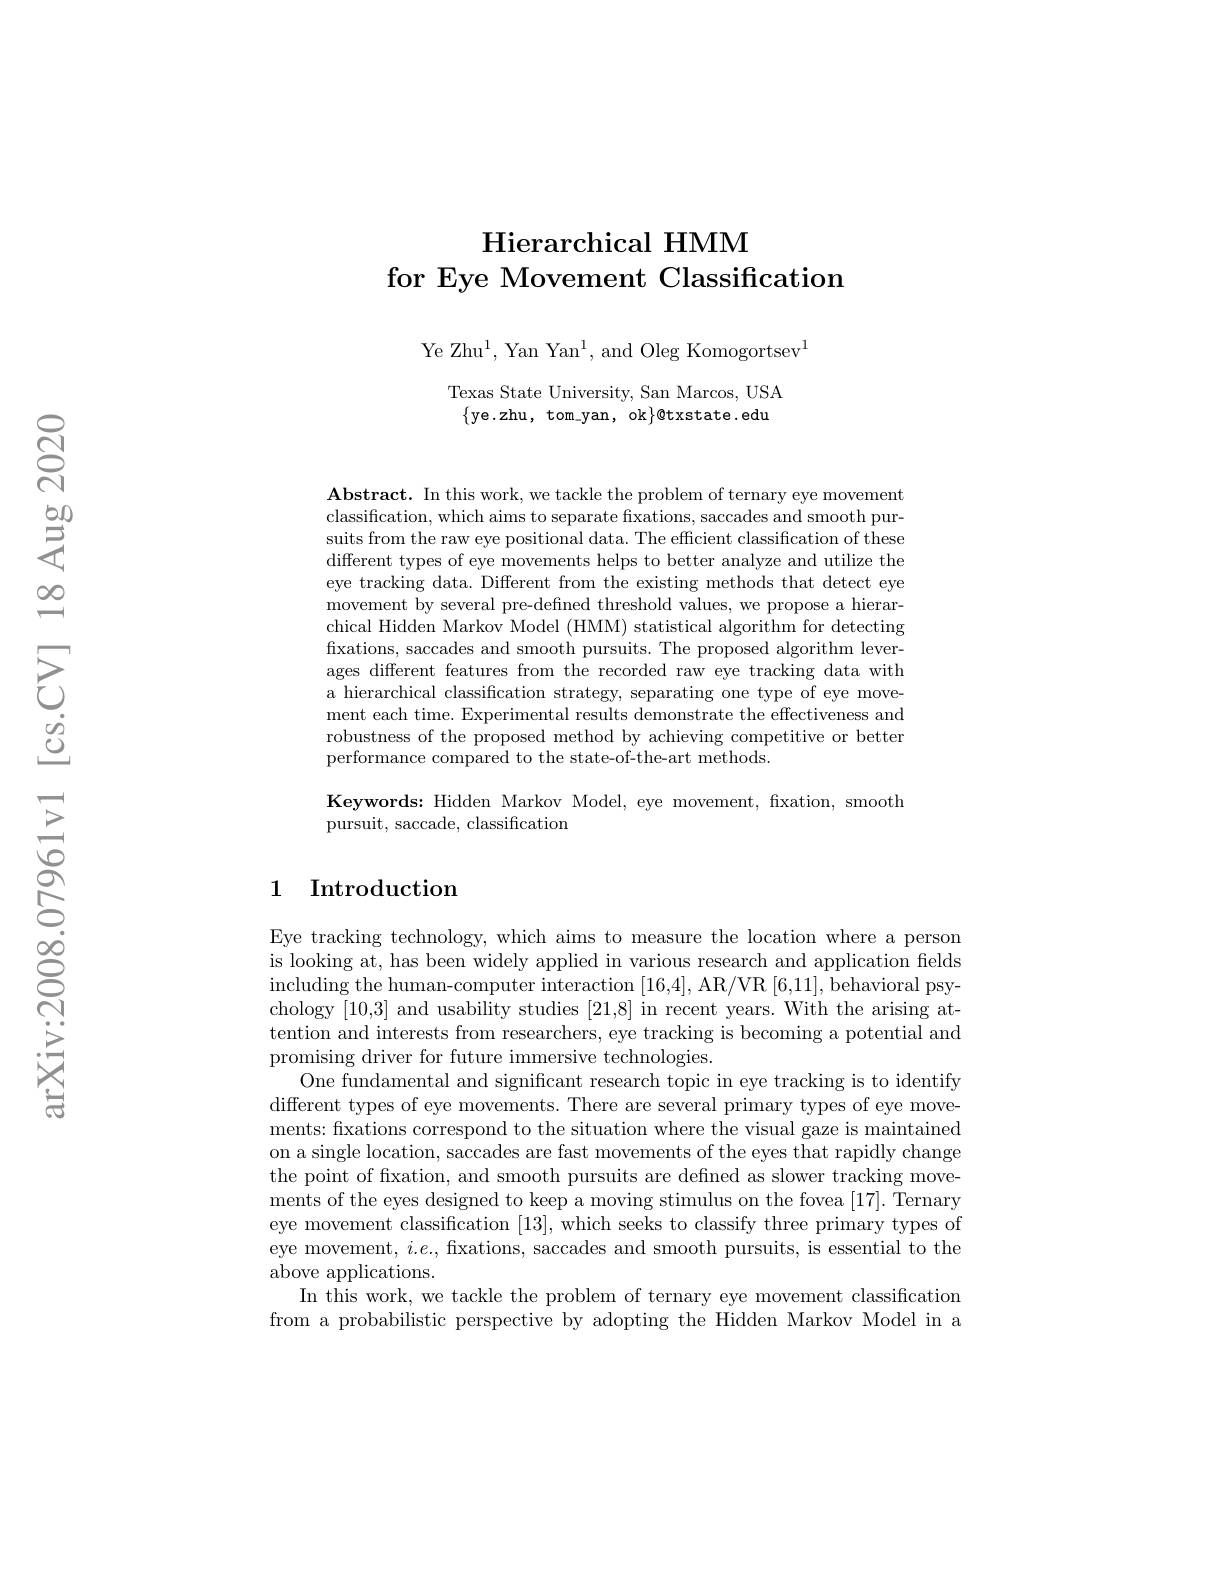
## Hierarchical HMM for Eye Movement Classification

Ye Zhu$^1$, Yan Yan$^1$, and Oleg Komogortsev$^1$

Texas State University, San Marcos, USA $\{$ye.zhu, tom-yan, ok$\}$@txstate.edu

$\textbf{Abstract. In this work, we tackle the problem of ternary eye movement}$ classification, which aims to separate fixations, saccades and smooth pursuits from the raw eye positional data. The efficient classification of these different types of eye movements helps to better analyze and utilize the eye tracking data. Different from the existing methods that detect eye movement by several pre-defined threshold values, we propose a hierarchical Hidden Markov Model (HMM) statistical algorithm for detecting fixations, saccades and smooth pursuits. The proposed algorithm leverages different features from the recorded raw eye tracking data with a hierarchical classification strategy, separating one type of eye movement each time. Experimental results demonstrate the effectiveness and robustness of the proposed method by achieving competitive or better performance compared to the state-of-the-art methods

Keywords: Hidden Markov Model, eye movement, fxation, smooth
pursuit, saccade, classification

## 1 Introduction

Eye tracking technology, which aims to measure the location where a person is looking at, has been widely applied in various research and application felds $\begin{array}{c}\text{including the human-computer interaction [16,4], AR/VR [6,11], behavioral psy-}\end{array}$ chology [10,3] and usability studies [21,8] in recent years. With the arising attention and interests from researchers, eye tracking is becoming a potential and promising driver for future immersive technologies.
One fundamental and significant research topic in eye tracking is to identify different types of eye movements. There are several primary types of eye movements: fixations correspond to the situation where the visual gaze is maintained on a single location, saccades are fast movements of the eyes that rapidly change the point of fixation, and smooth pursuits are defned as slower tracking movements of the eyes designed to keep a moving stimulus on the fovea [17]. Ternary eye movement classification [13], which seeks to classify three primary types of eye movement, $i.e.$, fixations, saccades and smooth pursuits, is essential to the above applications.
In this work, we tackle the problem of ternary eye movement classification from a probabilistic perspective by adopting the Hidden Markov Model in a